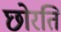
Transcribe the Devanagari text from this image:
छोरति